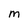
Character: M